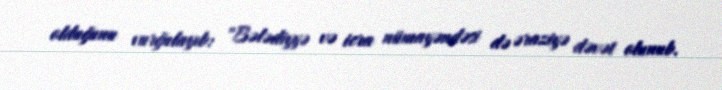
olduğunu vurğulayıb: "Bələdiyyə və icra nümayəndəsi də əraziyə dəvət olunub.